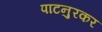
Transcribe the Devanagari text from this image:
पाटनुरकर